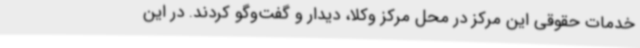
خدمات حقوقی این مرکز در محل مرکز وکلا، دیدار و گفت‌وگو کردند. در این